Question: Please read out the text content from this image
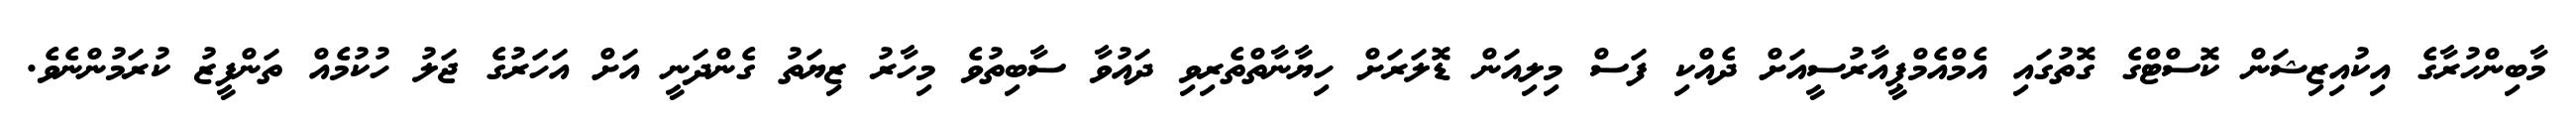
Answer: މާބިންހުރާގެ އިކުއިޒިޝަން ކޮސްޓްގެ ގޮތުގައި އެމްއެމްޕީއާރުސީއަށް ދެއްކި ފަސް މިލިއަން ޑޮލަރަށް ހިޔާނާތްތެރިވި ދައުވާ ސާބިތުވެ މިހާރު ޒިޔަތު ގެންދަނީ އަށް އަހަރުގެ ޖަލު ހުކުމެއް ތަންފީޒު ކުރަމުންނެވެ.